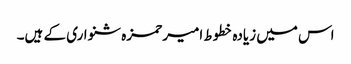
اس میں زیادہ خطوط امیر حمزہ شنواری کے ہیں۔